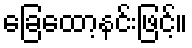
ခြေထော့နင်းဖြင့်။